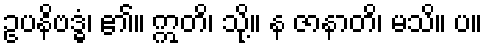
ဥပနိဗဒ္ဓံ၊ ၏။ ဣတိ၊ သို့။ န ဇာနာတိ၊ မသိ။ ပ။